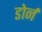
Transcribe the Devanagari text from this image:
डोर्न